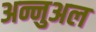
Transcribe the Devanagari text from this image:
अन्नुअल